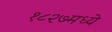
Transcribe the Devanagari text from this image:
१८२७मध्ये